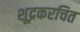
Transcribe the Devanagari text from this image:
शूद्रकरचित